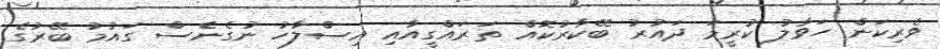
ވެރިކަން ހަވާލު ކުރީމަ ދައުރު ބޭކާރުކޮއް ތަރައްގީއާއި އިސްލާހު ނުގެނެސް ގައުމު ބޭރުގެ